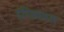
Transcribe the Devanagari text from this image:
इपिस्कपल